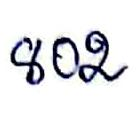
802